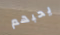
يحبهم